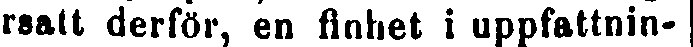
rsatt derför, en finhet i uppfattnin-